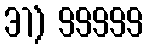
31) 99999